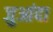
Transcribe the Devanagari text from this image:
जुआंदा